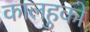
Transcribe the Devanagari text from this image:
कालहुको